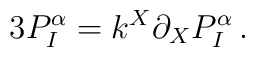
3P^\alpha _I=k^X \partial_XP^\alpha _I\,.